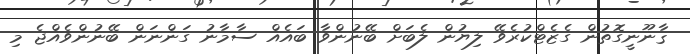
ޤާނޫނީގޮތުން ގެޒެޓްކުރެވޭ ލިޔުން ލެބަށް ބޭނުންވާ ބައެއް ސާމާނު ގަންނަން ބޭނުންވެއްޖެ މި